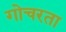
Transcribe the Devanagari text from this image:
गोचरता